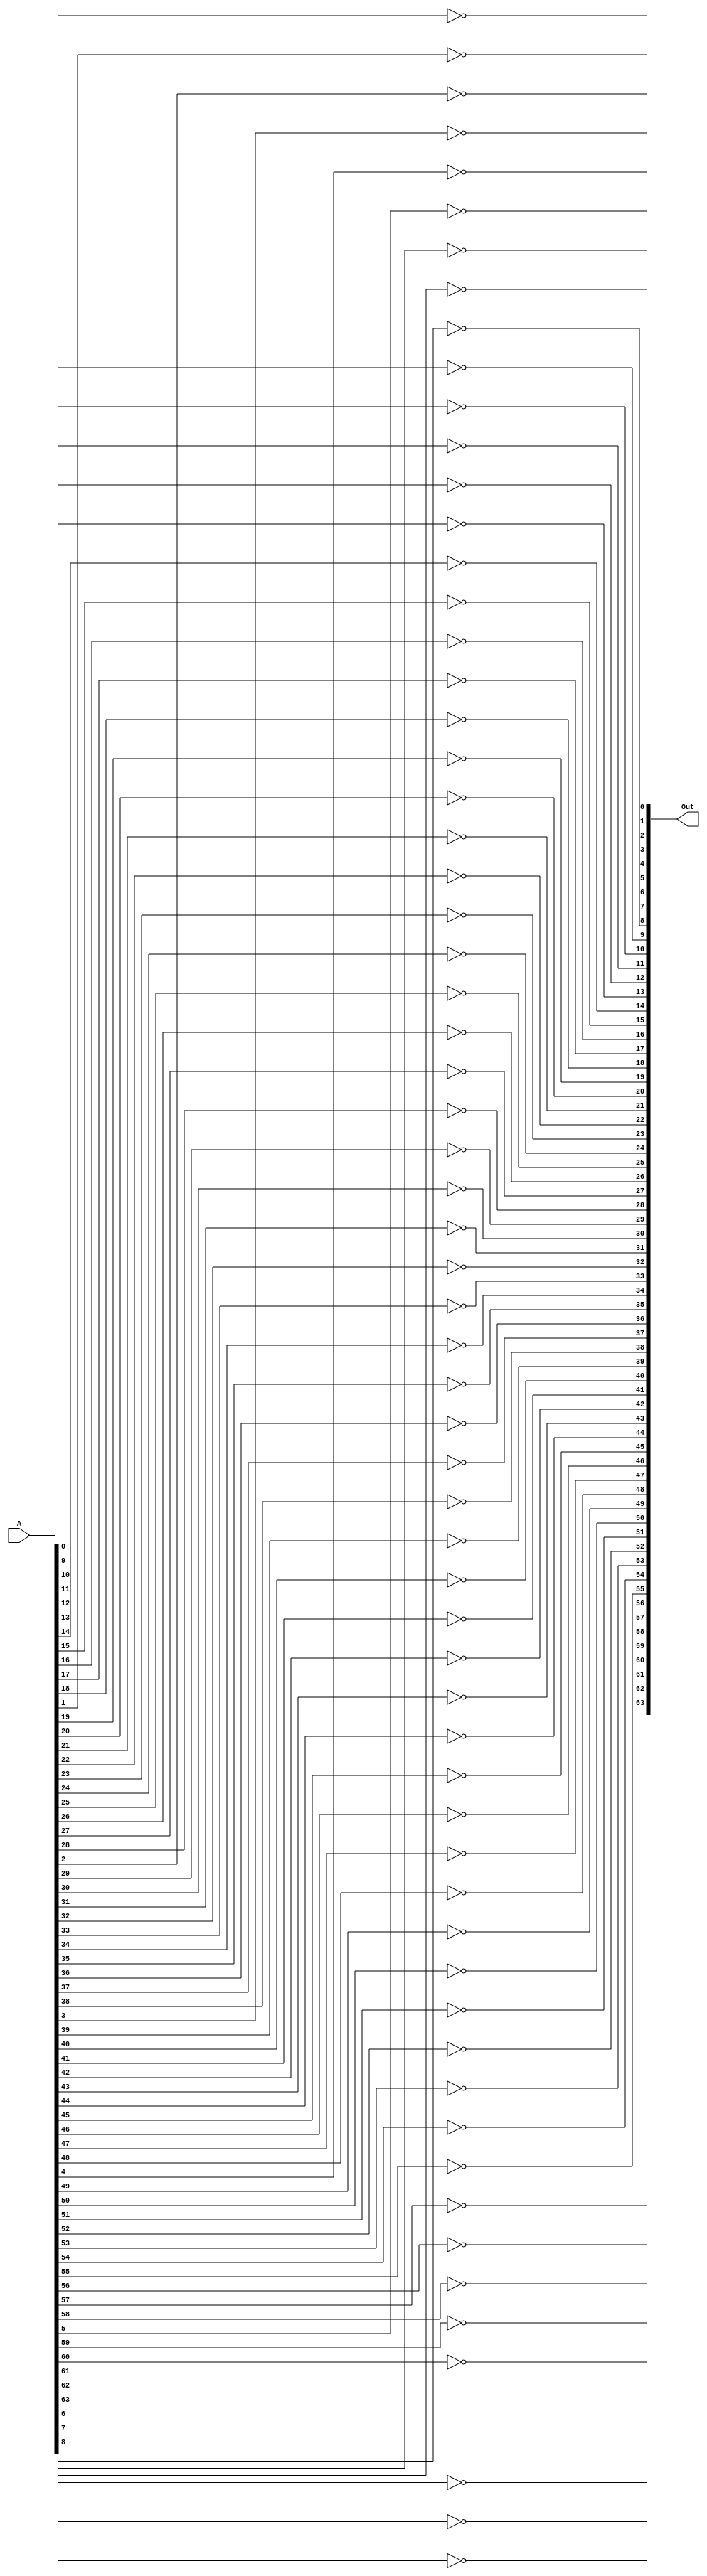
`ifndef GATES64
`define GATES64

module not64(Out, A);

    input [63:0] A;
    output [63:0] Out;
 
    // 64 bit not
    genvar k;

    for(k=0; k<64; k=k+1) begin
        not(Out[k],A[k]);
    end


endmodule

module and64(Out, A, B);

    input [63:0] A, B;
    output [63:0] Out;
    
    // 64 bit and
    genvar k;

    for(k = 0; k < 64; k = k + 1) begin
        and(Out[k], A[k], B[k]);
    end

endmodule

module xor64(Out, A, B);

    input [63:0] A, B;
    output [63:0] Out;
    
    genvar k;
    
    for(k=0; k<64; k=k+1) begin
        xor(Out[k], A[k], B[k]);
    end


endmodule

`endif